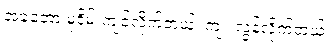
အခုတော့ မုဒိမ်းကျင့်လိုက်တယ်၊ ကျူးလွန်လိုက်တယ်။